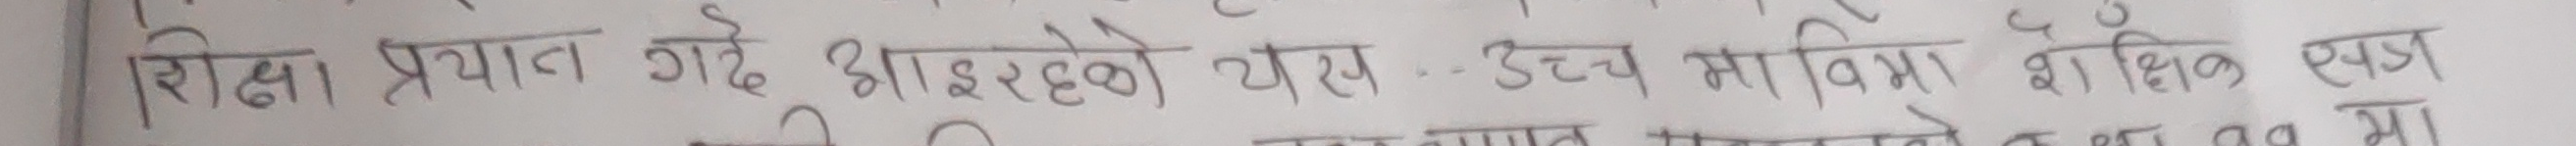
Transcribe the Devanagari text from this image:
शिक्षा प्रयात गर्दै आइरहेको यस... उच्च माविय शैक्षिक स्तर मा